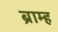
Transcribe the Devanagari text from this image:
ब्राम्ह